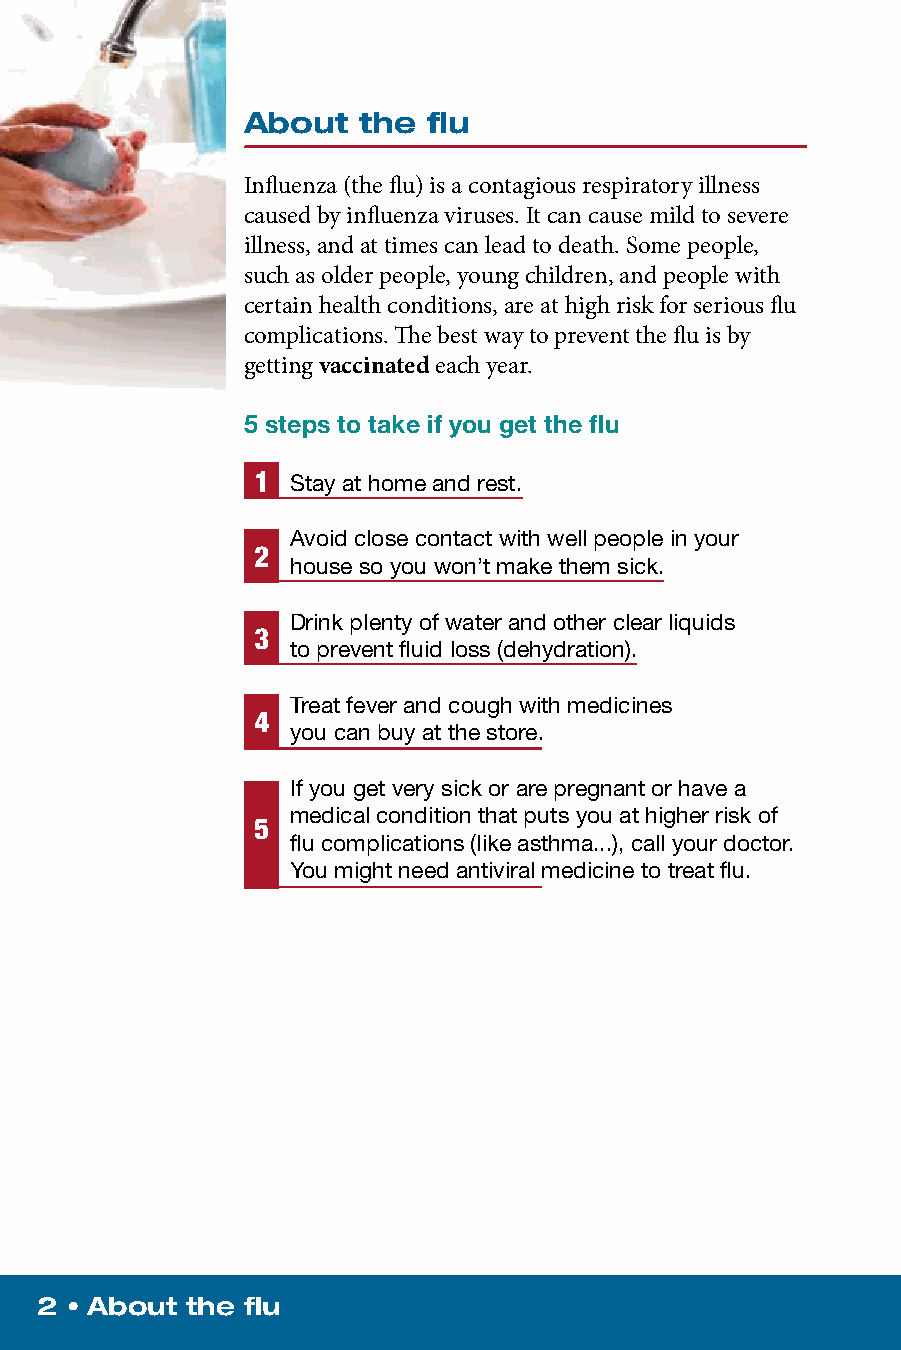
About   the flu
 Influenza (the flu) is a contagious respiratory illness
 caused by influenza viruses. It can cause mild to severe
 illness, and at times can lead to death. Some people,
 such as older people, young children, and people with
 certain health conditions, are at high risk for serious flu
 complications. The best way to prevent the flu is by
 getting vaccinated each year.
 5 steps to take if you get the flu
 1 Stay at home and rest.
 Avoid close contact with well people in your
 2
 house so you won’t make them sick.
 Drink plenty of water and other clear liquids
 3
 to prevent fluid loss (dehydration).
 Treat fever and cough with medicines
 4
 you can buy at the store.
 If you get very sick or are pregnant or have a
 medical condition that puts you at higher risk of
 5
 flu complications (like asthma...), call your doctor.
 You might need antiviral medicine to treat flu.
 2 • About the flu